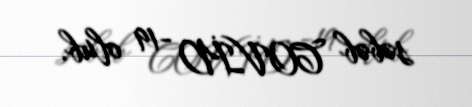
səbəb COVİD -19 olub.